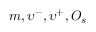
m , \upsilon ^ { - } , \upsilon ^ { + } , { \cal O } _ { s }